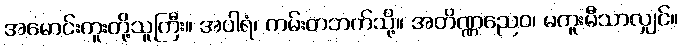
အမောင်းကူးတို့သူကြီး။ အပါရံ၊ ကမ်းတဘက်သို့။ အတိဏ္ဏညေဝ၊ မကူးမီသာလျှင်။